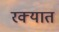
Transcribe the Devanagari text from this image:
रक्यात